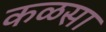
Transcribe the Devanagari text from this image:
कळसा